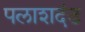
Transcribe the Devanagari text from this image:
पलाशदंड